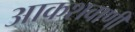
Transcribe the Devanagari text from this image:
आकशवाणी